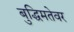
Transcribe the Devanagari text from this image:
बुद्धिमतेवर